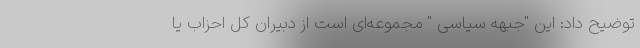
توضیح داد: این "جبهه سیاسی " مجموعه‌ای است از دبیران کل احزاب یا